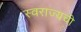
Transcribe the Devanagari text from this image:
स्वराज्यची